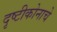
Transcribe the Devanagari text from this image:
दृष्टीकोनाचे